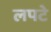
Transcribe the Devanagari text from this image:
लपटे